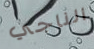
الناجي